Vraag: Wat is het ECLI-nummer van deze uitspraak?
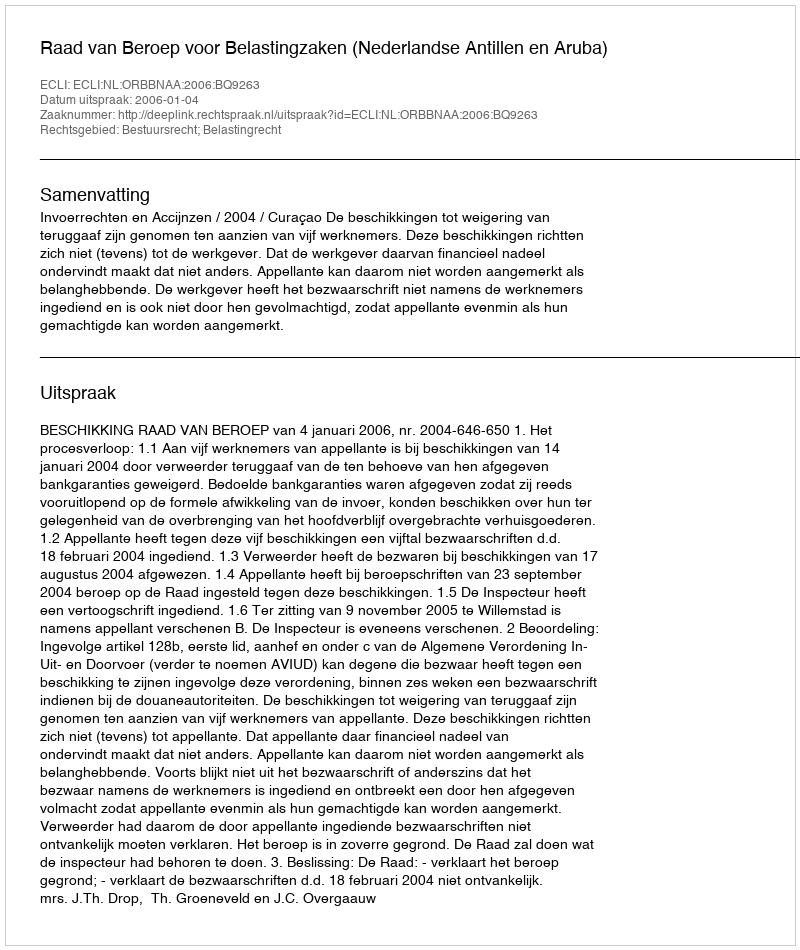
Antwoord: ECLI:NL:ORBBNAA:2006:BQ9263